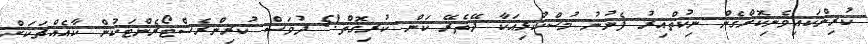
ކުރިންކައިވެނިކޮށްގެން ނިކުތްއިރު ފެނުނު މުސްކުޅިއަކާ ދޭތެރޭ ކަން ކުރިގޮތް!5 ދުވަސް ކުރިންރެސްޓޯރެންޓަކުން ކާއެއްޗަކަށް